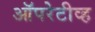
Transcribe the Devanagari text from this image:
ऑपरेटीव्ह